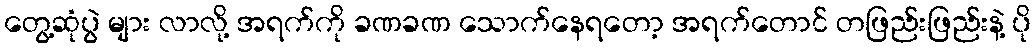
တွေ့ဆုံပွဲ များ လာလို့ အရက်ကို ခဏခဏ သောက်နေရတော့ အရက်တောင် တဖြည်းဖြည်းနဲ့ ပို